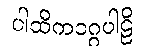
ပါထိကဝဂ္ဂပါဠိ